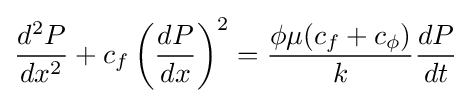
{\frac {d^{2}P}{dx^{2}}}+c_{f}\left({\frac {dP}{dx}}\right)^{2}={\frac {\phi \mu (c_{f}+c_{\phi })}{k}}{\frac {dP}{dt}}